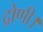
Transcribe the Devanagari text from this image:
द्रोणी।